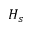
H _ { s }